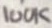
Text: 1M